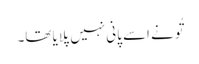
تُو نے اسے پانی نہیں پلایا تھا۔